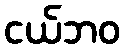
ငယ်ဘဝ